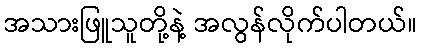
အသားဖြူသူတို့နဲ့ အလွန်လိုက်ပါတယ်။